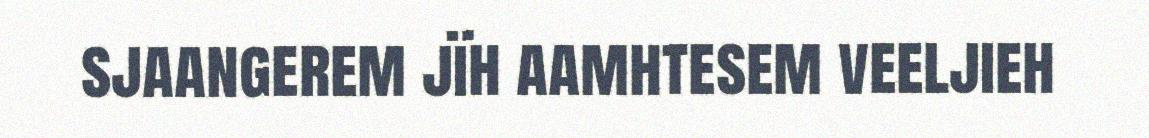
sjaangerem jïh aamhtesem veeljieh